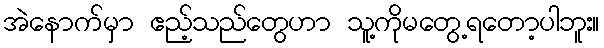
အဲနောက်မှာ ဧည့်သည်တွေဟာ သူ့ကိုမတွေ့ရတော့ပါဘူး။